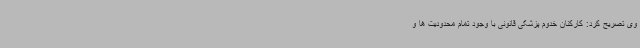
وی تصریح کرد: کارکنان خدوم پزشکی قانونی با وجود تمام محدودیت ها و